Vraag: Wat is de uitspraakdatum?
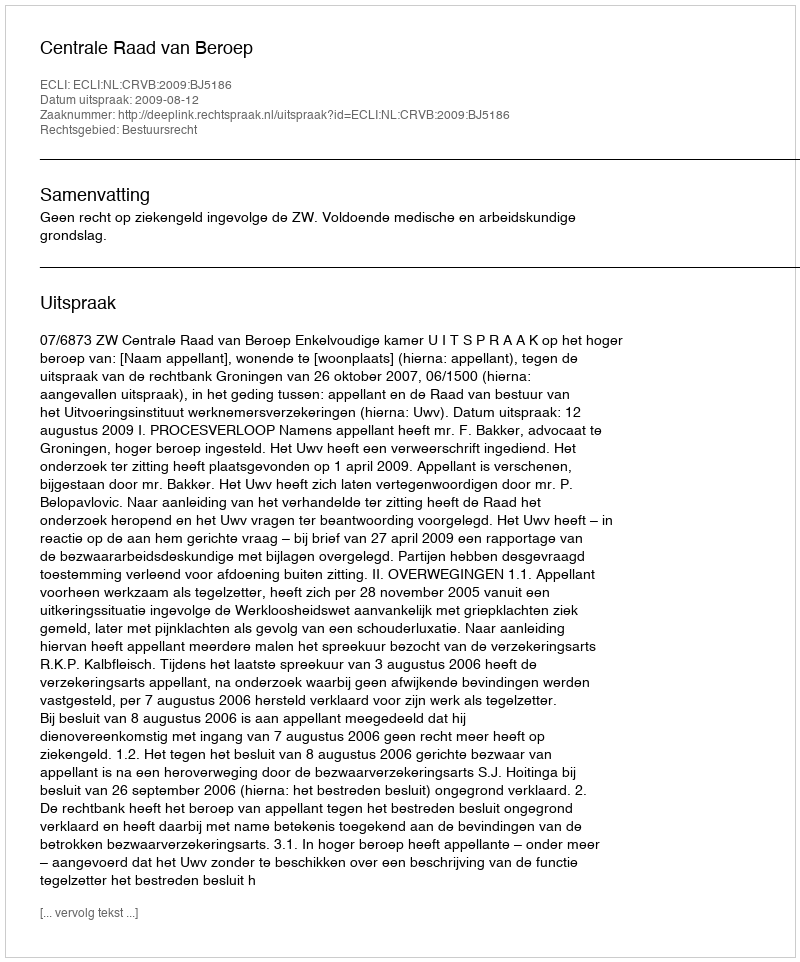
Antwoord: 2009-08-12